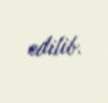
edilib.